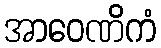
အာဝေဏိကံ